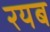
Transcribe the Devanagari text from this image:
रयब